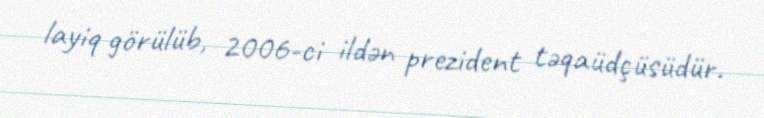
layiq görülüb, 2006-ci ildən prezident təqaüdçüsüdür.